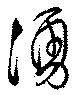
湧